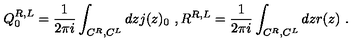
Q _ { 0 } ^ { R , L } = \frac { 1 } { 2 \pi i } \int _ { C ^ { R } , C ^ { L } } d z j ( z ) _ { 0 } \ , R ^ { R , L } = \frac { 1 } { 2 \pi i } \int _ { C ^ { R } , C ^ { L } } d z r ( z ) \ .